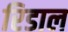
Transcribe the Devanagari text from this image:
रिडाल